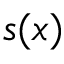
s ( x )